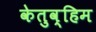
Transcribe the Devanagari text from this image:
केतुव्हिम